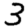
Digit: 3